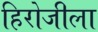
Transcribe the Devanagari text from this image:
हिरोजीला